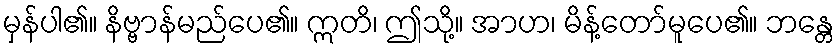
မှန်ပါ၏။ နိဗ္ဗာန်မည်ပေ၏။ ဣတိ၊ ဤသို့။ အာဟ၊ မိန့်တော်မူပေ၏။ ဘန္တေ